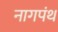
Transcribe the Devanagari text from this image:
नागपंथ